Uue-Poltsamaa_vallakohus, lk 78
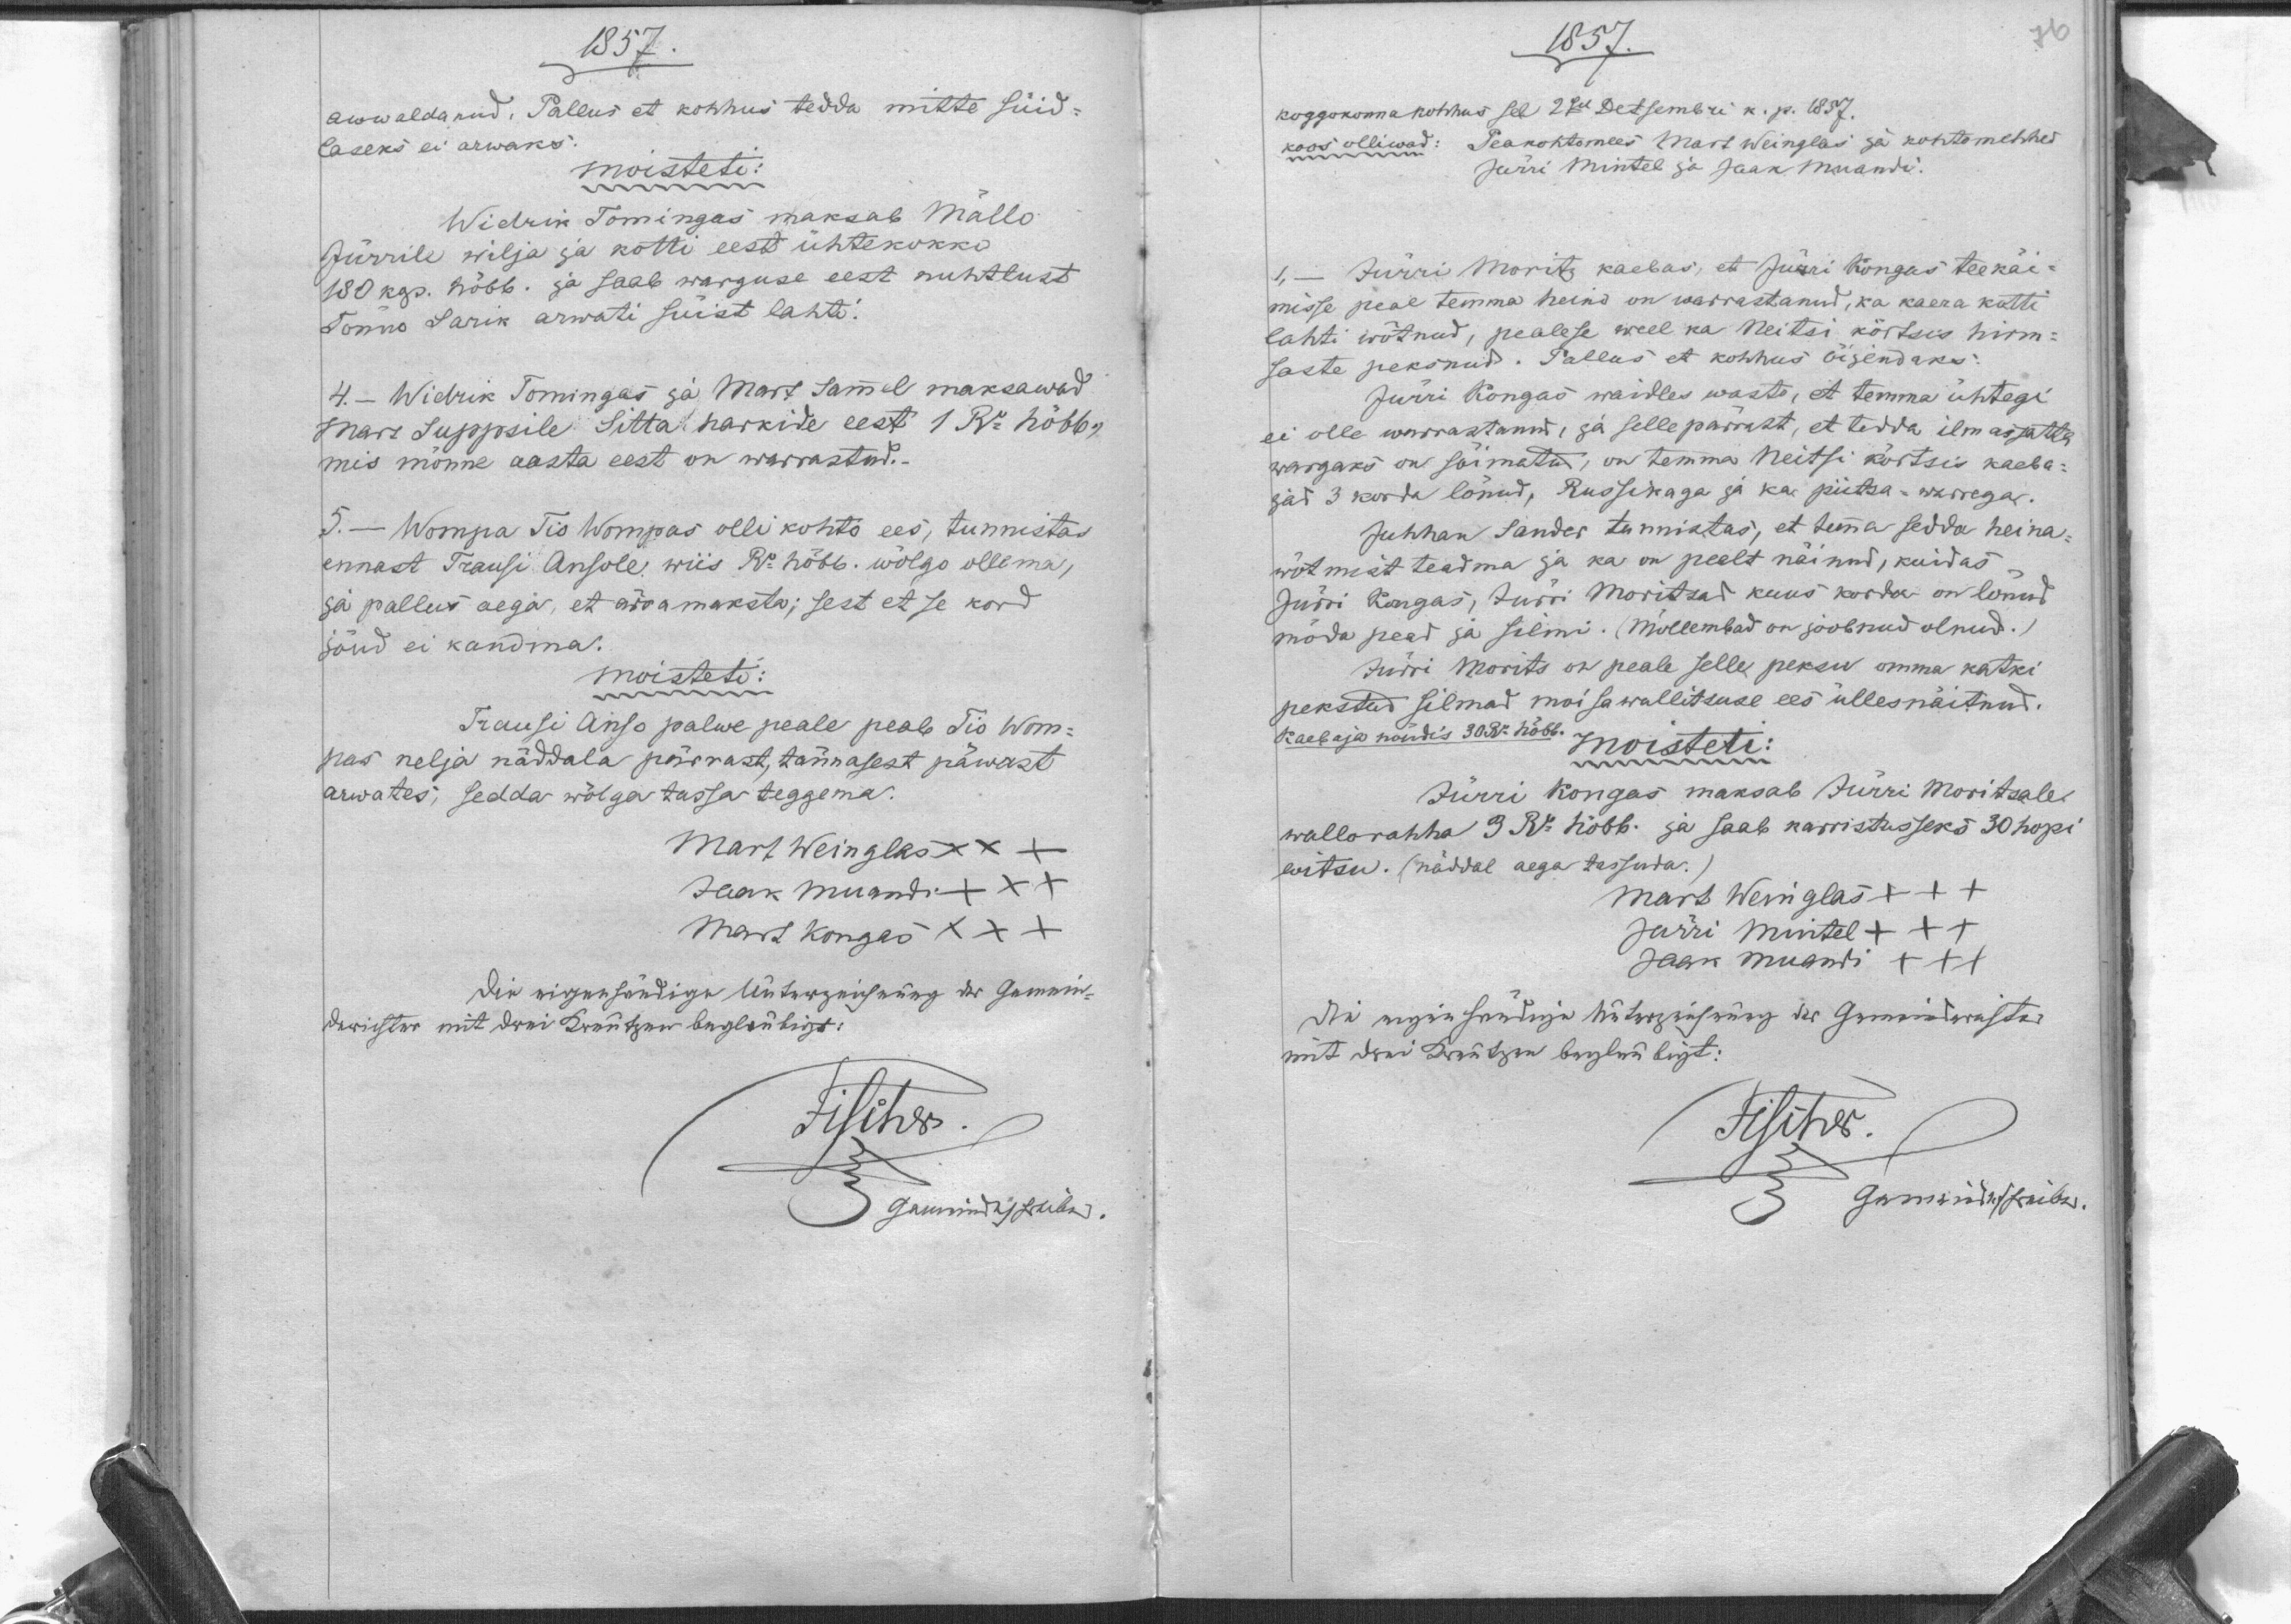
1857.
awwaldanud. Pallus et kohhus tedda mitte süid-
laseks ei arwaks.
moisteti:
Widrik Tomingas maksab Mällo
Jürrile wilja ja kotti eest ühtekokku
180 kop. hõbb. ja saab warguse eest nuhtlust
Tõnno Sarik arwati süist lahti.
4. - Widrik Tomingas ja Mart Sammel maksawad
Mart Suppsile Sitta harkide eest 1 Ru hõbb.
mis mõnne aasta eest on warrastud.
5. - Wompa Tio Wompas olli kohto ees, tunnistas
ennast Trausi Ansole wiis Ru. hõbb. wõlgo ollema,
ja pallus aega, et ärramaksta; sest et se kord
jõud ei kandma.
moisteti:
Trausi Anso palwe peale peab Tio Wom-
pas nelja näddala pärrast Tännasest päwast
arwates, sedda wõlga tassa teggema.
Mart Weinglas XXX
Jaak Muandi XXX
Mart Kongas XXX

1857.
koggokonna kohhus sel 2sel Detsembri k. p. 1857.
koos olliwad: Peakohtomees Mart Weinglas ja kohtomehhed
Jürri Mintel ja Jaan Muandi.
Jürri Moritz kaebas, et Jürri Kongas teekäi-
1, -
misse peal temma heino on warrastanud, ka kaera kotti
lahti wõtnud, pealese weel ka Neitsi kõrtsis hirm-
saste peksnud. Pallus et kohhus õijendaks.
Jürri Kongas waidles wasto, et temma ühtegi
ei olle warrastanud, ja selle pärrast, et tedda ilmasjatta
wargaks on sõimatud, on temma Neitsi kõrtsis kaeba-
jad 3 korda lönud, Russikaga ja ka piitsa-warrega.
Juhhan Sandes tunnistas, et temma sedda heina-
wötmist teadma ja ka on peelt näinud, kuidas
Jürri Kongas, Jürri Moritsad kuus korda on lönud
möda pead ja silmi. (mõllembad on joobnud olnud.)
Jürri Morits on peale selle peksu omma katki
pekstud silmad moisawallitsuse ees üllesnäitnud.
Kaebaja nõudis 30 Rbl hõbb.
moisteti:
Jürri Kongas maksab Jürri Moritsale
wallo rahha 3 Ru hõbb. ja saab karristusseks 30 hopi
witsu. (näddal aega tassuda.)
Mart Weinglas XXX
Jürri Mintel XXX
Jaak Muandi XXX